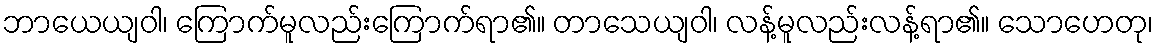
ဘာယေယျဝါ၊ ကြောက်မူလည်းကြောက်ရာ၏။ တာသေယျဝါ၊ လန့်မူလည်းလန့်ရာ၏။ သောဟေတု၊